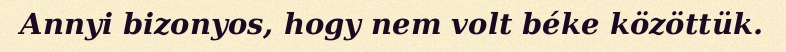
Annyi bizonyos, hogy nem volt béke közöttük.